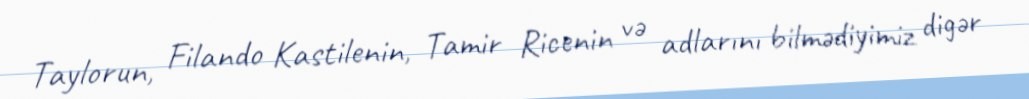
Taylorun, Filando Kastilenin, Tamir Ricenin və adlarını bilmədiyimiz digər